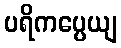
ပရိကပ္ပေယျ